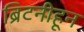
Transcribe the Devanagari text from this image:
ब्रिटनीहून